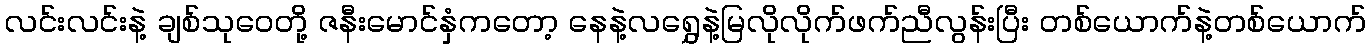
လင်းလင်းနဲ့ ချစ်သုဝေတို့ ဇနီးမောင်နှံကတော့ နေနဲ့လရွှေနဲ့မြလိုလိုက်ဖက်ညီလွန်းပြီး တစ်ယောက်နဲ့တစ်ယောက်